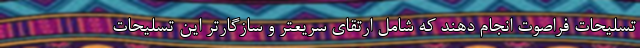
تسلیحات فراصوت انجام دهند که شامل ارتقای سریعتر و سازگارتر این تسلیحات